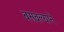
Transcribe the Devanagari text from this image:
बसवल्याने